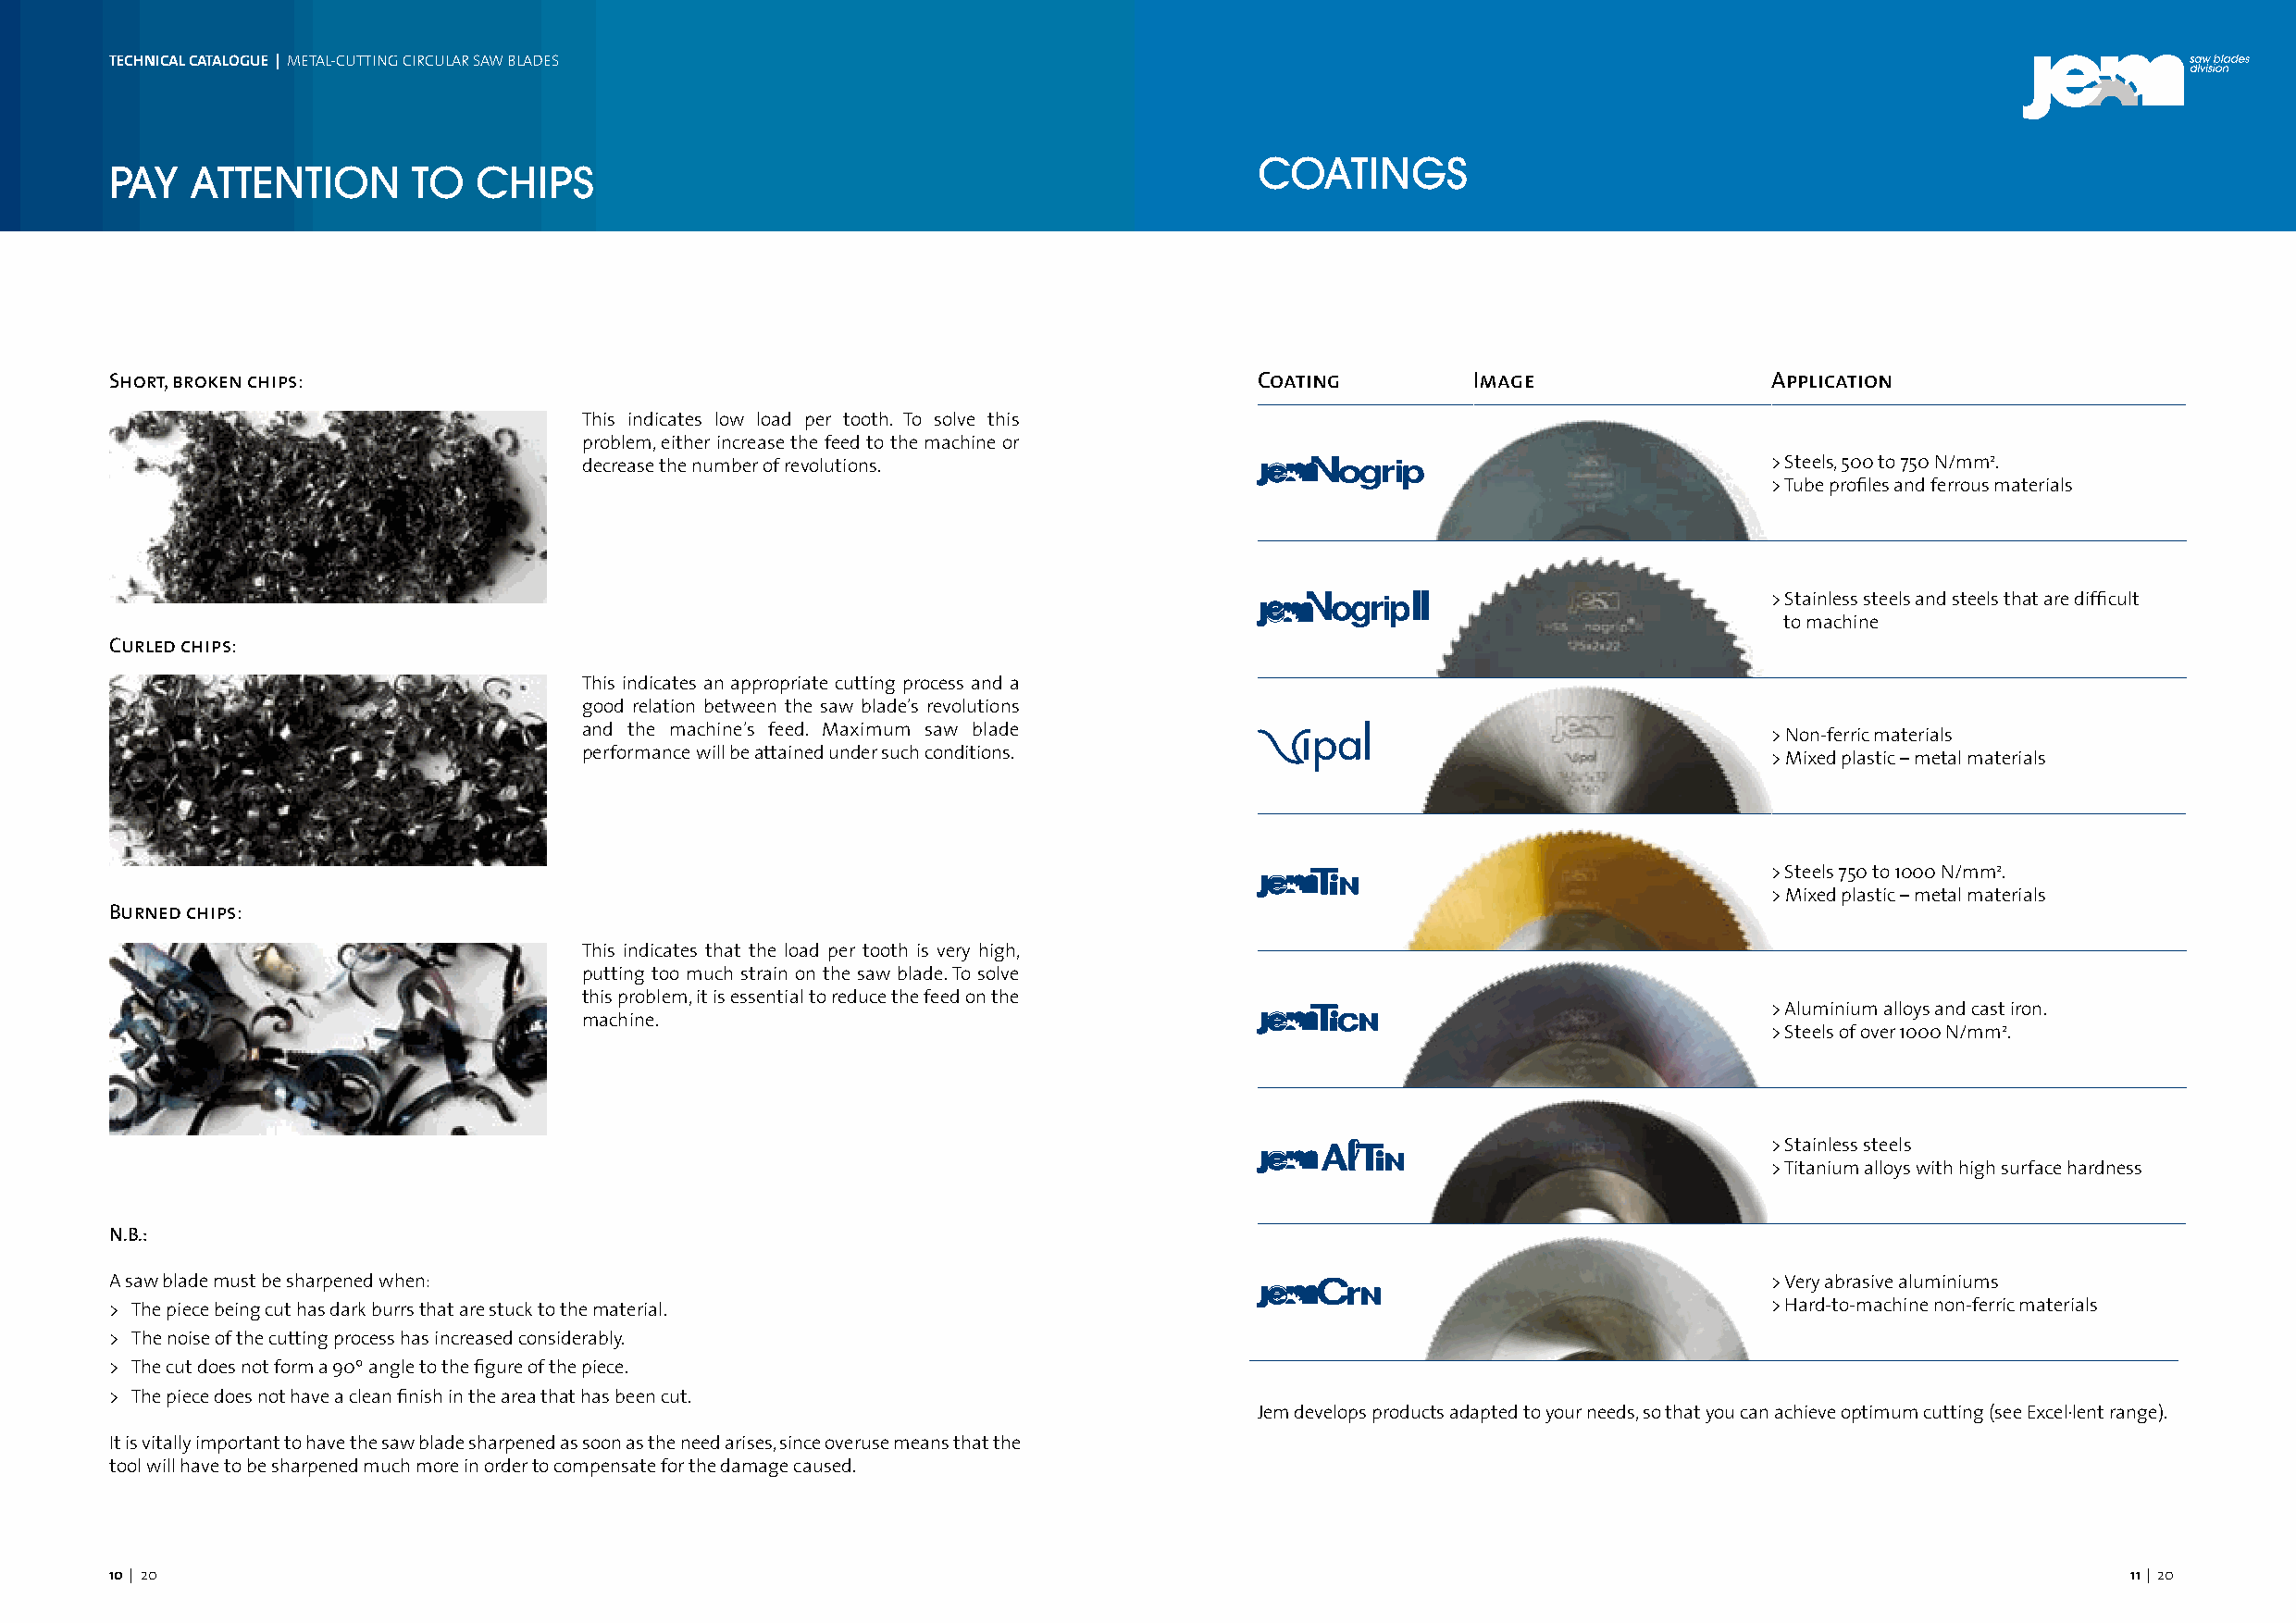
TECHNICAL CATALOGUE | METAL-CUTTING CIRCULAR SAW BLADES
 COATINGS
 PAY   ATTENTION      TO   CHIPS
 Short, broken chips:                                                              Coating        Image                 Application
 This indicates low load per tooth. To solve this
 problem, either increase the feed to the machine or
 decrease the number of revolutions.                                                  > Steels, 500 to 750 N/mm2.
 > Tube profiles and ferrous materials
 > Stainless steels and steels that are difficult
 to machine
 Curled chips:
 This indicates an appropriate cutting process and a
 good relation between the saw blade’s revolutions
 and the machine’s feed. Maximum saw blade
 > Non-ferric materials
 performance will be attained under such conditions.
 > Mixed plastic – metal materials
 > Steels 750 to 1000 N/mm2.
 > Mixed plastic – metal materials
 Burned chips:
 This indicates that the load per tooth is very high,
 putting too much strain on the saw blade. To solve
 this problem, it is essential to reduce the feed on the
 > Aluminium alloys and cast iron.
 machine.
 > Steels of over 1000 N/mm2.
 > Stainless steels
 > Titanium alloys with high surface hardness
 N.B.:
 A saw blade must be sharpened when:                                                                                    > Very abrasive aluminiums
 > The piece being cut has dark burrs that are stuck to the material.                                                   > Hard-to-machine non-ferric materials
 > The noise of the cutting process has increased considerably.
 > The cut does not form a 90º angle to the figure of the piece.
 > The piece does not have a clean finish in the area that has been cut.
 Jem develops products adapted to your needs, so that you can achieve optimum cutting (see Excel·lent range).
 It is vitally important to have the saw blade sharpened as soon as the need arises, since overuse means that the
 tool will have to be sharpened much more in order to compensate for the damage caused.
 | 20
 810 | | 2 200                                                                                                                                   11 | 20